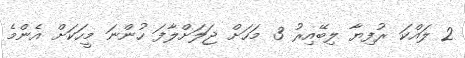
2 ލައްކަ ރުފިޔާ ލިބޭއިރު 3 މަހަށް ޖަލަށްލާފަ ހުންނަ މީހަކަށް އެންމެ